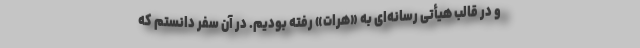
و در قالب هیأتی رسانه‌ای به «هرات» رفته بودیم. در آن سفر دانستم که